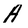
Character: A